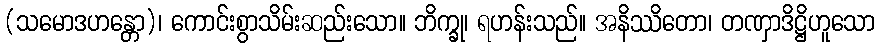
(သမောဒဟန္တော)၊ ကောင်းစွာသိမ်းဆည်းသော။ ဘိက္ခု၊ ရဟန်းသည်။ အနိဿိတော၊ တဏှာဒိဋ္ဌိဟူသော